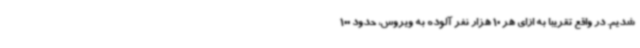
شدیم. در واقع تقریبا به ازای هر 10 هزار نفر آلوده به ویروس، حدود 100